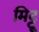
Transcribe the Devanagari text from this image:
मिट्टू